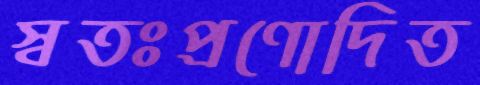
স্বতঃপ্রণোদিত